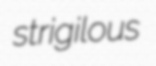
strigilous